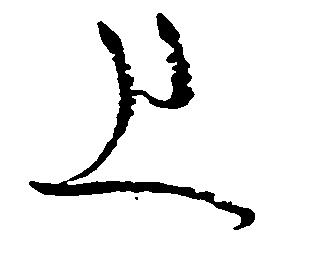
上